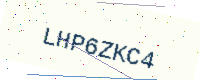
Text: LHP6ZKC4